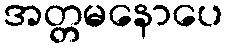
အတ္တမနောပေ